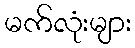
မက်လုံးများ